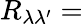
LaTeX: R_{\lambda\lambda^{\prime}}=